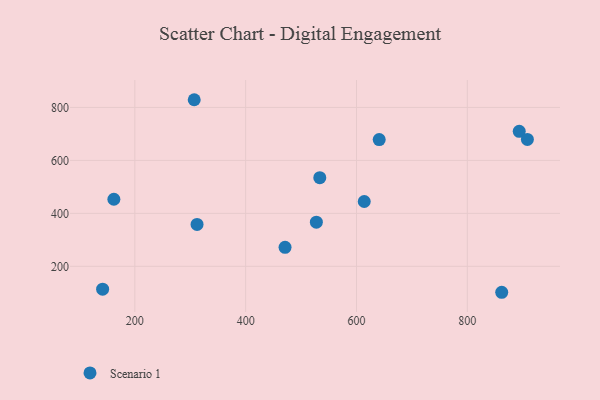
{"axis": {"x": "Speed", "y": "Profit"}, "legend": ["Scenario 1"], "data": [{"x": "893.7", "y": 709.9, "type": "Scenario 1"}, {"x": "141.9", "y": 113.7, "type": "Scenario 1"}, {"x": "908.4", "y": 679.0, "type": "Scenario 1"}, {"x": "614.0", "y": 444.7, "type": "Scenario 1"}, {"x": "471.1", "y": 271.7, "type": "Scenario 1"}, {"x": "527.6", "y": 366.7, "type": "Scenario 1"}, {"x": "862.1", "y": 102.0, "type": "Scenario 1"}, {"x": "641.0", "y": 678.7, "type": "Scenario 1"}, {"x": "533.8", "y": 534.6, "type": "Scenario 1"}, {"x": "312.3", "y": 358.1, "type": "Scenario 1"}, {"x": "162.2", "y": 453.2, "type": "Scenario 1"}, {"x": "307.2", "y": 829.1, "type": "Scenario 1"}]}